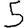
Digit: 5